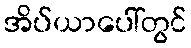
အိပ်ယာပေါ်တွင်